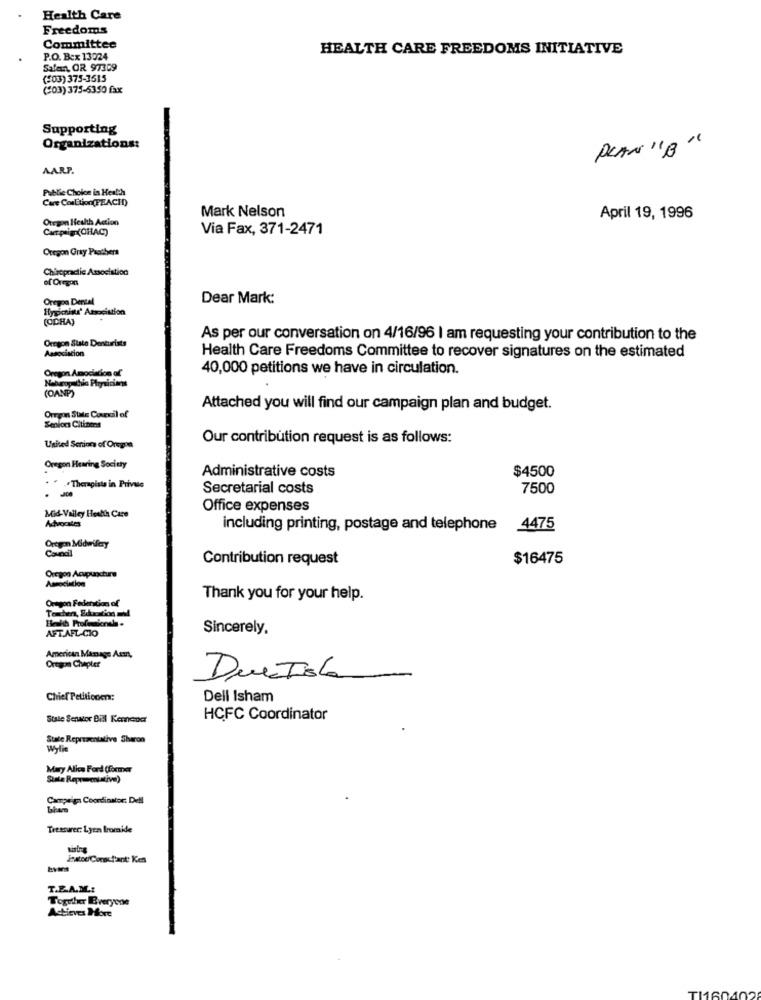
Health Care
Freedoms
Committee
HEALTH CARE FREEDOMS INITIATIVE
P.O. Box 13024
Salen, OR 97309
(203) 375-3515
(203) 375-6350 fax
Supporting
Organizations:
PLAN "B "
AARP.
Public Choice in Heath
Care Coalition(PEACH)
Mark Nelson
Oregon Health Action
April 19, 1996
Campaign(CHAC)
Via Fax, 371-2471
Oregon Gray Paothers
Chiropractic Association
of Oregon
Oregon Dental
Dear Mark:
Hypichlu' Association
(ODRA)
Oregon State Denturists
As per our conversation on 4/16/96 | am requesting your contribution to the
Association
Health Care Freedoms Committee to recover signatures on the estimated
Oregon Amociation of
40,000 petitions we have in circulation.
(OANP)
Attached you will find our campaign plan and budget.
Oregon State Covekil of
Senior Citizens
Our contribution request is as follows:
United Seniors of Oregon
Oregon Hearing Society
$4500
Administrative costs
. " Therapista in Private
Secretarial costs
7500
Office expenses
Mid-Valley Health Care
Advocates
including printing, postage and telephone 4475
Oregon Midwifery
Contribution request
$16475
Oregon Acupuncture
Association
Oregon Federation of
Thank you for your help.
AFT.AFL-CIO
Sincerely.
American Manage Arms,
Oregon Chapter
DueTola
Chief Petitionm:
Dell Isham
Stale Senior Bill Kemener
HCFC Coordinator
State Representative Sharon
wylie
Mary Alice Ford (former
State Repromintiva)
Campaign Coordinator: Dell
Treasurer: Lyen bromide
instou Constant: Kes
T.E.A.ML .:
Together Everyone
Actieves Hore